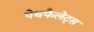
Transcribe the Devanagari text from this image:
पेथफैलेट्स